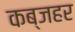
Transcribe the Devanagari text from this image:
कब्जहर